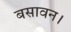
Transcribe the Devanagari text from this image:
बसावन।